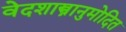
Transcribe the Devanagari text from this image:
वेदशास्त्रानुमोदित